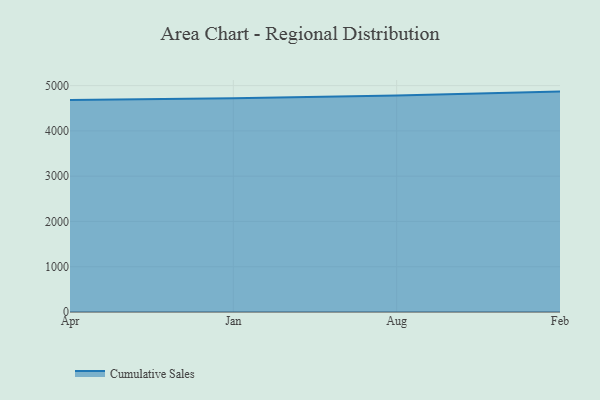
{"axis": {"x": "Month", "y": "Waste Production (Tons)"}, "legend": ["Cumulative Sales"], "data": [{"x": "Apr", "y": 4684.8, "type": "Cumulative Sales"}, {"x": "Jan", "y": 4720.1, "type": "Cumulative Sales"}, {"x": "Aug", "y": 4783.5, "type": "Cumulative Sales"}, {"x": "Feb", "y": 4868.1, "type": "Cumulative Sales"}]}